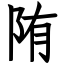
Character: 陏